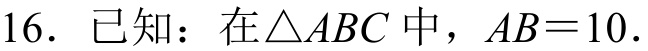
16. 已知：在\(\triangle ABC\)中，\(AB = 10\)．